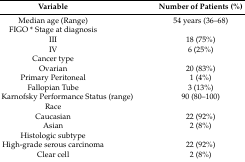
<table><thead><tr><td><b>Variable</b></td><td><b>Number of Patients (%)</b></td></tr></thead><tbody><tr><td>Median age (Range)</td><td>54 years (36–68)</td></tr><tr><td>FIGO * Stage at diagnosis</td><td></td></tr><tr><td>III</td><td>18 (75%)</td></tr><tr><td>IV</td><td>6 (25%)</td></tr><tr><td>Cancer type</td><td></td></tr><tr><td>Ovarian</td><td>20 (83%)</td></tr><tr><td>Primary Peritoneal</td><td>1 (4%)</td></tr><tr><td>Fallopian Tube</td><td>3 (13%)</td></tr><tr><td>Median Karnofsky Performance Status (range)</td><td>90 (80–100)</td></tr><tr><td>Race</td><td></td></tr><tr><td>Caucasian</td><td>22 (92%)</td></tr><tr><td>Asian</td><td>2 (8%)</td></tr><tr><td>Histologic subtype</td><td></td></tr><tr><td>High-grade serous carcinoma</td><td>22 (92%)</td></tr><tr><td>Clear cell</td><td>2 (8%)</td></tr></tbody></table>